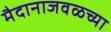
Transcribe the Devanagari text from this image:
मैदानाजवळच्या